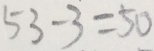
5 3 - 3 = 5 0